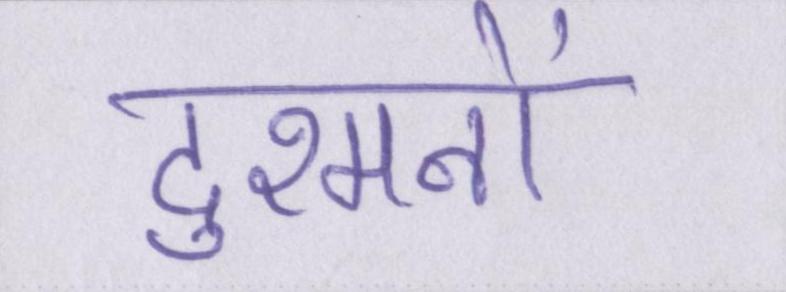
दुश्मनों